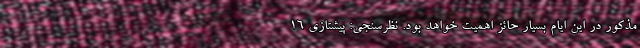
مذکور در این ایام بسیار حائز اهمیت خواهد بود. نظرسنجی: پیشتازی ۱۶